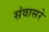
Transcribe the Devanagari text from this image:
संवासरे